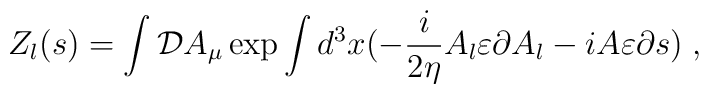
Z_l(s)=\int {\cal D}A_\mu \exp \int d^3x(-\frac i{2\eta }A_l\varepsilon\partial A_l-iA\varepsilon \partial s)\;,